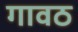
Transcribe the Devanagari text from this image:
गावठ